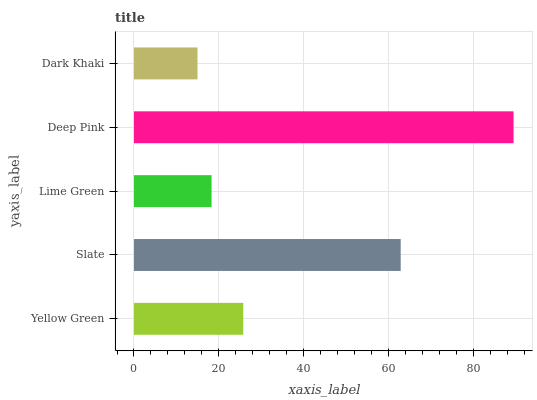
| yaxis_label | bars |
 | --- | --- |
 | Yellow Green | 25.7 |
 | Slate | 62.8 |
 | Lime Green | 18.3 |
 | Deep Pink | 89.4 |
 | Dark Khaki | 15 |